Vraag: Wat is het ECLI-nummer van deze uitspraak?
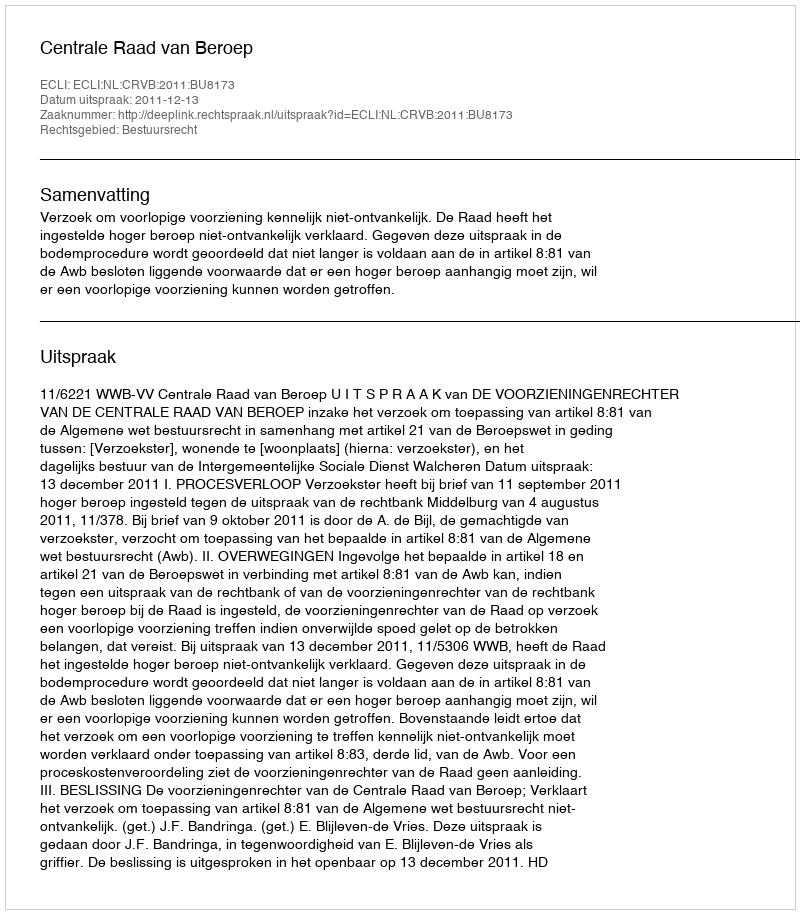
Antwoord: ECLI:NL:CRVB:2011:BU8173